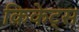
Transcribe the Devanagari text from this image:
क्रिकेट्स